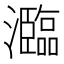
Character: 瀶